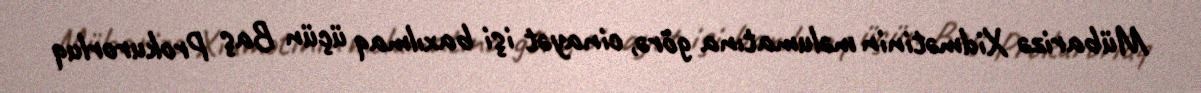
Mübarizə Xidmətinin məlumatına görə, cinayət işi baxılmaq üçün Baş Prokurorluq